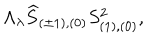
\Lambda _ { \lambda } \widehat { S } _ { ( \pm 1 ) , ( 0 ) } S _ { ( 1 ) , ( 0 ) } ^ { 2 } ,